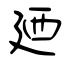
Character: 廼